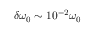
\delta \omega _ { 0 } \sim 1 0 ^ { - 2 } \omega _ { 0 }